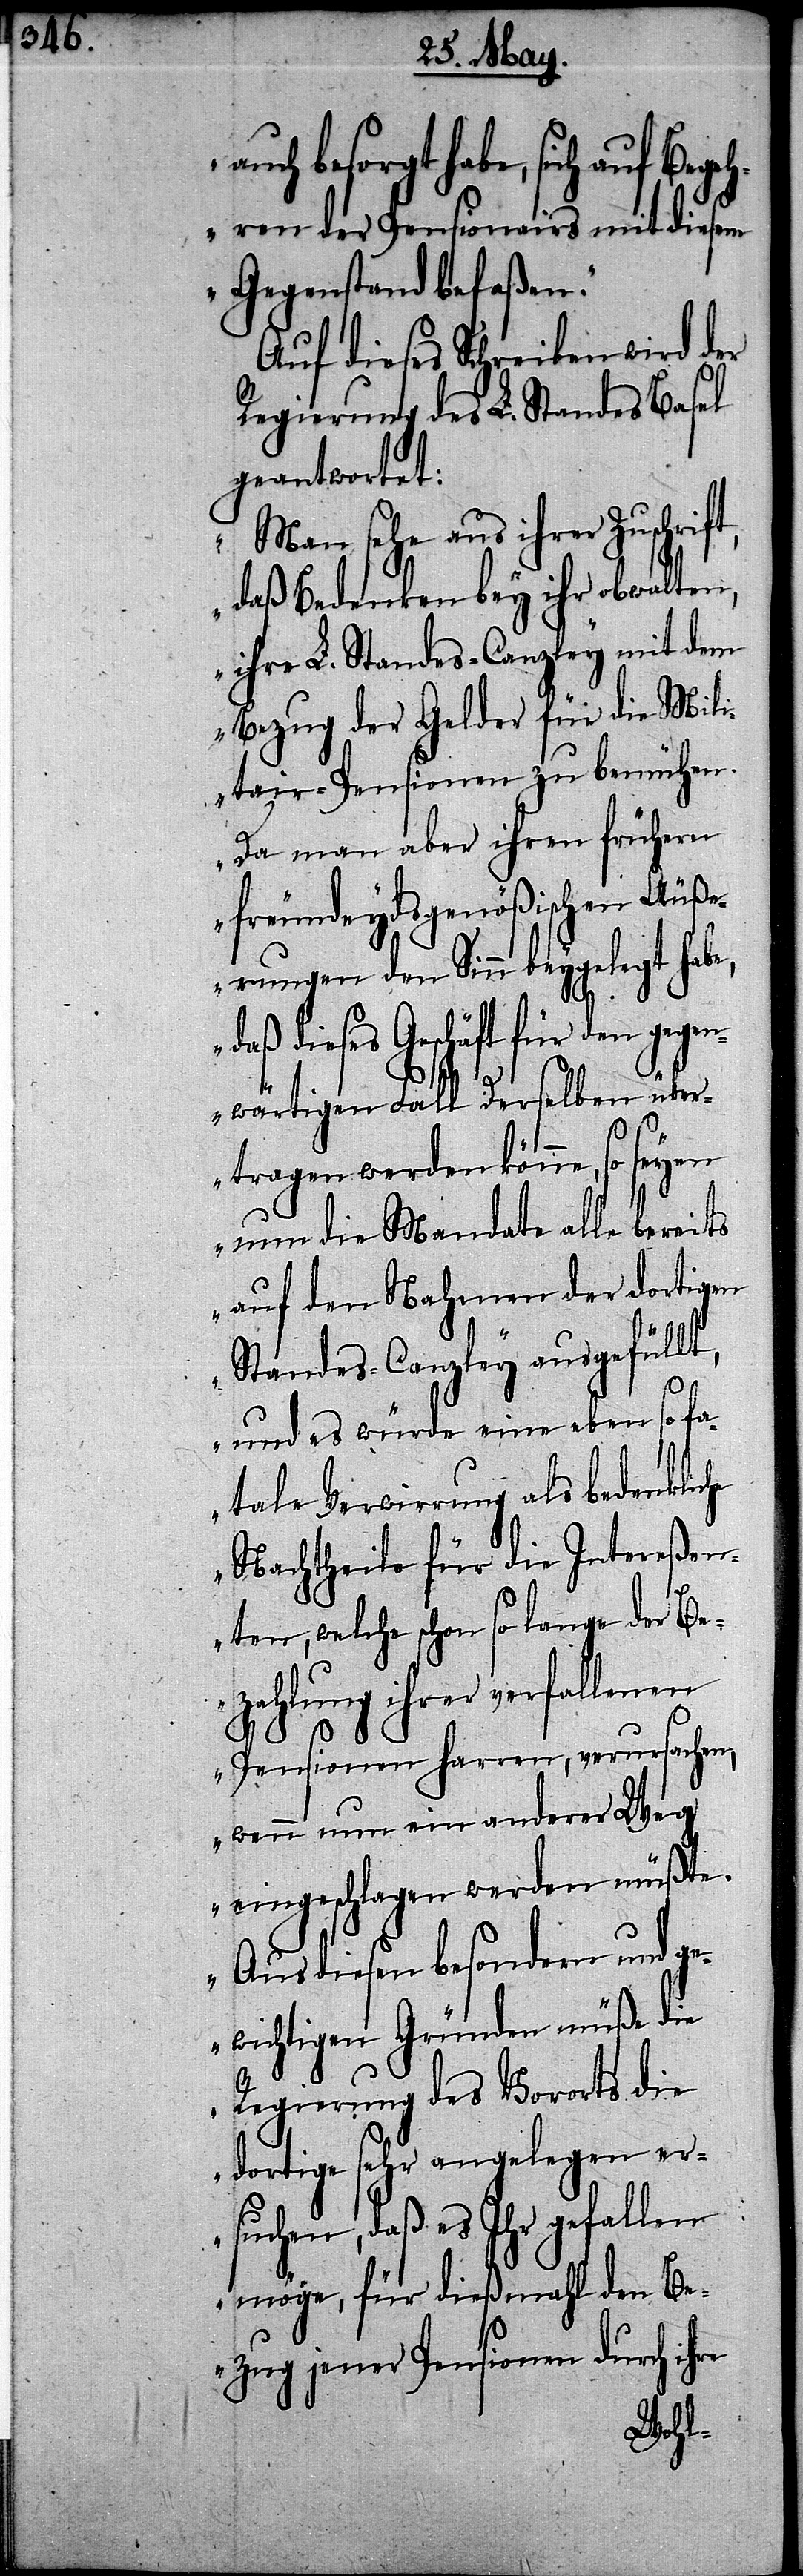
auch besorgt habe, sich auf Begeh¬
ren der Pensionairs mit diesem
Gegenstand befaßen.“
Auf dieses Schreiben wird der
Regierung des L. Standes Basel
geantwortet:
„Man sehe aus ihrer Zuschrift,
daß Bedenken bey ihr obwalten,
ihre L. Standes-Canzley mit dem
Bezug der Gelder für die Mili¬
tair-Pensionen zu bemühen.
Da man aber ihren frühern
freundeydsgenößischen Äuß¬
erungen den Sinn beygelegt habe,
dieses Geschäft für den geg¬
enwärtigen Fall Derselben über¬
tragen werden könne, so
nun die Mandate alle bereits
auf den Nahmen der dortigen
Standes-Canzley ausgefüllt,
und es würde eine ebenso fa¬
tale Verwirrung als bedenkliche
Nachtheile für die Intereßen¬
ten, welche schon so lange der Be¬
zahlung ihrer verfallenen
Pensionen Harren, verursachen,
wenn nun ein anderer Weg
eingeschlagen werden müßte.
Aus diesen besondern und g¬
ewichtigen Gründen müße die
Regierung des Vororts die
dortige sehr angelegen er¬
suchen, daß es Ihr gefallen
möge, für dießmahl den Be¬
zug jener Pensionen durch ihre